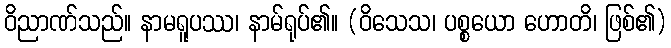
ဝိညာဏ်သည်။ နာမရူပဿ၊ နာမ်ရုပ်၏။ (ဝိသေသ၊ ပစ္စယော ဟောတိ၊ ဖြစ်၏)